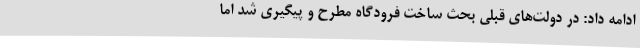
ادامه داد: در دولت‌های قبلی بحث ساخت فرودگاه مطرح و پیگیری شد اما